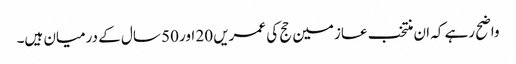
واضح رہے کہ ان منتخب عازمین حج کی عمریں 20 اور 50 سال کے درمیان ہیں۔